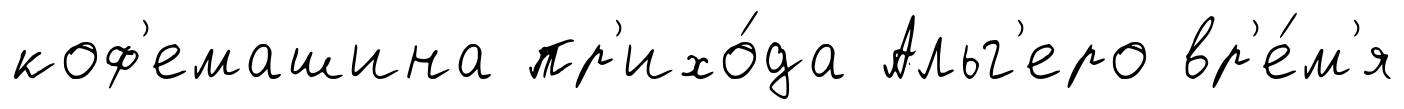
коф'емашина пр'ихо́да Альг'еро вр'е́м'я